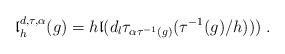
LaTeX: \begin{align*}{\mathfrak l}_h^{d, \tau, \alpha}(g)=h{\mathfrak l}(d_l\tau_{\alpha\tau^{-1}(g)}(\tau^{-1}(g)/h)))\; . \end{align*}